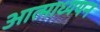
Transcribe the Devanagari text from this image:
आत्माध्ययन